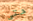
حتى